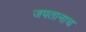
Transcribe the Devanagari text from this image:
जपतानाच